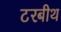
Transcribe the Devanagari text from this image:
टरबीथ